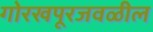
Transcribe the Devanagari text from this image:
गोरखपूरजवळील